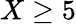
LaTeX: X\ge 5